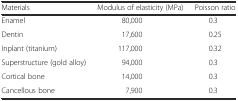
<table><thead><tr><td><b>Materials</b></td><td><b>Modulus of elasticity (MPa)</b></td><td><b>Poisson ratio</b></td></tr></thead><tbody><tr><td>Enamel</td><td>80,000</td><td>0.3</td></tr><tr><td>Dentin</td><td>17,600</td><td>0.25</td></tr><tr><td>Inplant (titanium)</td><td>117,000</td><td>0.32</td></tr><tr><td>Superstructure (gold alloy)</td><td>94,000</td><td>0.3</td></tr><tr><td>Cortical bone</td><td>14,000</td><td>0.3</td></tr><tr><td>Cancellous bone</td><td>7,900</td><td>0.3</td></tr></tbody></table>